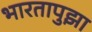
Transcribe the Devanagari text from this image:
भारतापुझा